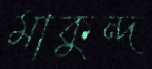
মাকুন্দ